Indian journal of veterinary science and animal husbandry - Volumes 18-21, 1948-1951
Year: 1948
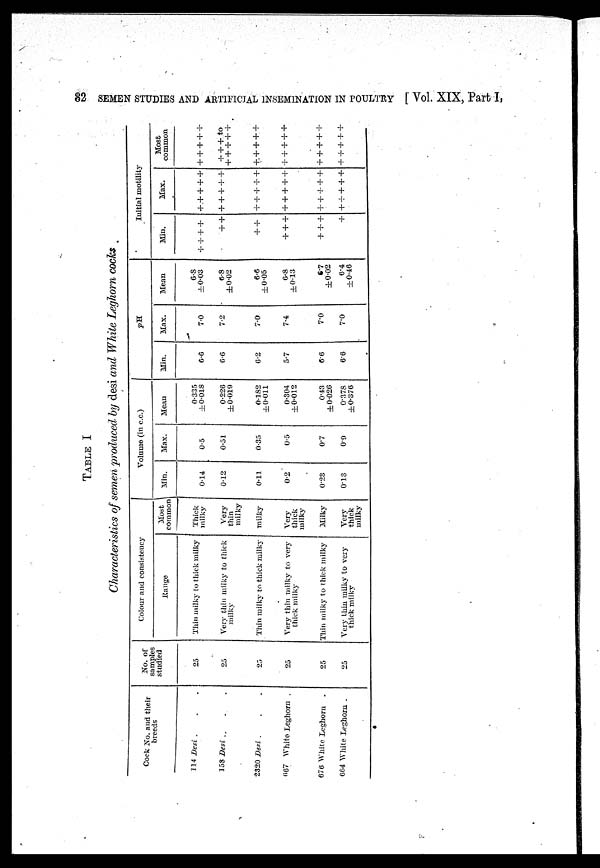
82 SEMEN STUDIES AND ARTIFICIAL INSEMINATION IN POULTRY [Vol. XIX, Part I,
TABLE I
Characteristics of semen produced by desi and White Leghorn cocks
Cock No. and their
114 Desi . . .
158 Desi . . .
2320 Desi . . .
667 White Leghorn .
676 White Leghorn .
664 White Leghorn .
No. of
samples
studied
25
25
25
25
25
25
Colour and consistency
Range
Thin milky to thick milky
Very thin milky to thick
milky
Thin milky to thick milky
Very thin milky to very
thick milky
Thin milky to thick milky
Very thin milky to very
thick milky
Most
common
Thick
milky
Very
thin
milky
milky
Very
thick
milky
Milky
Very
thick
milky
Volume (in c.c.)
Min.
0.14
0.12
0.11
0.2
0.23
0.13
Max.
0.5
0.51
0.35
0.5
0.7
0.9
Mean
0.335
±0.018
0.226
±0.019
0.182
±0.011
0.304
±0.012
0.43
±0.026
0.378
±0.376
pH
Min.
6.6
6.6
6.2
5.7
6.6
6.6
Max.
7.0
7.2
7.0
7.4
7.0
7.0
Mean
6.8
±0.03
6.8
±0.02
6.6
±0.05
6.8
±0.13
6.7
±0.02
6.4
±0.46
Initial motility
Min.
+ + + +
+ +
++
+++
+++
+
Max.
+ + + + +
+ + + + +
+++++
+++++
+++++
+++++
Most
common
+++++
+++ to
+++++
+++++
+++++
+++++
+++++